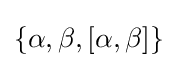
\{\alpha ,\beta ,[\alpha ,\beta ]\}